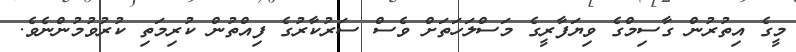
މީގެ އިތުރުން ގާސިމްގެ ވިޔަފާރީގެ މަސްލަހަތަށް ވެސް ސަރުކާރުގެ ފިއްތުން ކުރިމަތި ކުރުވުމުންނެވެ.